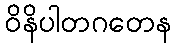
ဝိနိပါတဂတေန